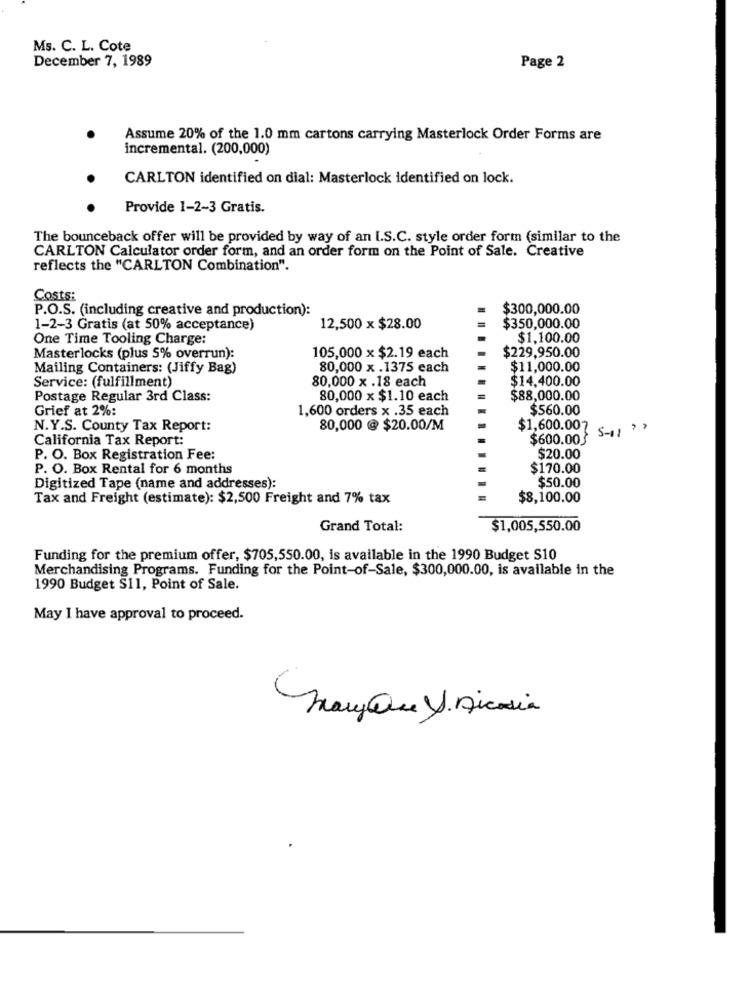
Ms. C. L. Cote
December 7, 1989
Page 2
Assume 20% of the 1.0 mm cartons carrying Masterlock Order Forms are
incremental. (200,000)
CARLTON identified on dial: Masterlock identified on lock.
Provide 1-2-3 Gratis.
The bounceback offer will be provided by way of an I.S.C. style order form (similar to the
CARLTON Calculator order form, and an order form on the Point of Sale. Creative
reflects the "CARLTON Combination".
Costs:
P.O.S. (including creative and production):
$300,000.00
1-2-3 Gratis (at 50% acceptance)
12,500 x $28.00
$350,000.00
One Time Tooling Charge:
$1,100.00
$229,950.00
Masterlocks (plus 5% overrun):
105,000 x $2.19 each
Mailing Containers: (Jiffy Bag)
80,000 x .1375 each
$11,000.00
Service: (fulfillment)
80,000 x .18 each
$14,400.00
Postage Regular 3rd Class:
80,000 x $1.10 each
$88,000.00
Grief at 2%:
1,600 orders x .35 each
$560.00
N.Y.S. County Tax Report:
80,000 @ $20.00/M
$1,600.00} {-1 | > >
California Tax Report:
$600.00
P. O. Box Registration Fee:
$20.00
P. O. Box Rental for 6 months
$170.00
$50.00
Digitized Tape (name and addresses):
Tax and Freight (estimate): $2,500 Freight and 7% tax
$8,100.00
Grand Total:
$1,005,550.00
Funding for the premium offer, $705,550.00, is available in the 1990 Budget S10
Merchandising Programs. Funding for the Point-of-Sale, $300,000.00, is available in the
1990 Budget S11, Point of Sale.
May I have approval to proceed.
ManyQue V. nicosia